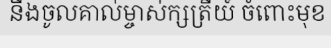
នឹងចូលគាល់ម្ចាស់ក្សត្រីយ៍ ចំពោះមុខ